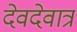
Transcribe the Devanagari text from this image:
देवदेवात्र